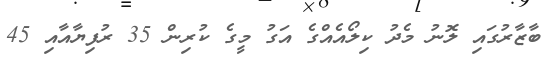
ބާޒާރުގައި ލޮނު މެދު ކިލޯއެއްގެ އަގު މީގެ ކުރިން 35 ރުފިޔާއާއި 45